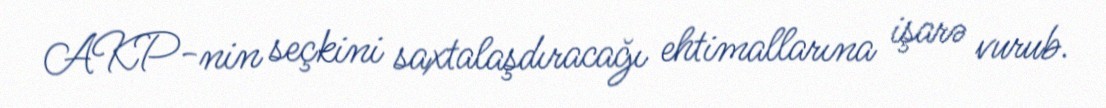
AKP-nin seçkini saxtalaşdıracağı ehtimallarına işarə vurub.